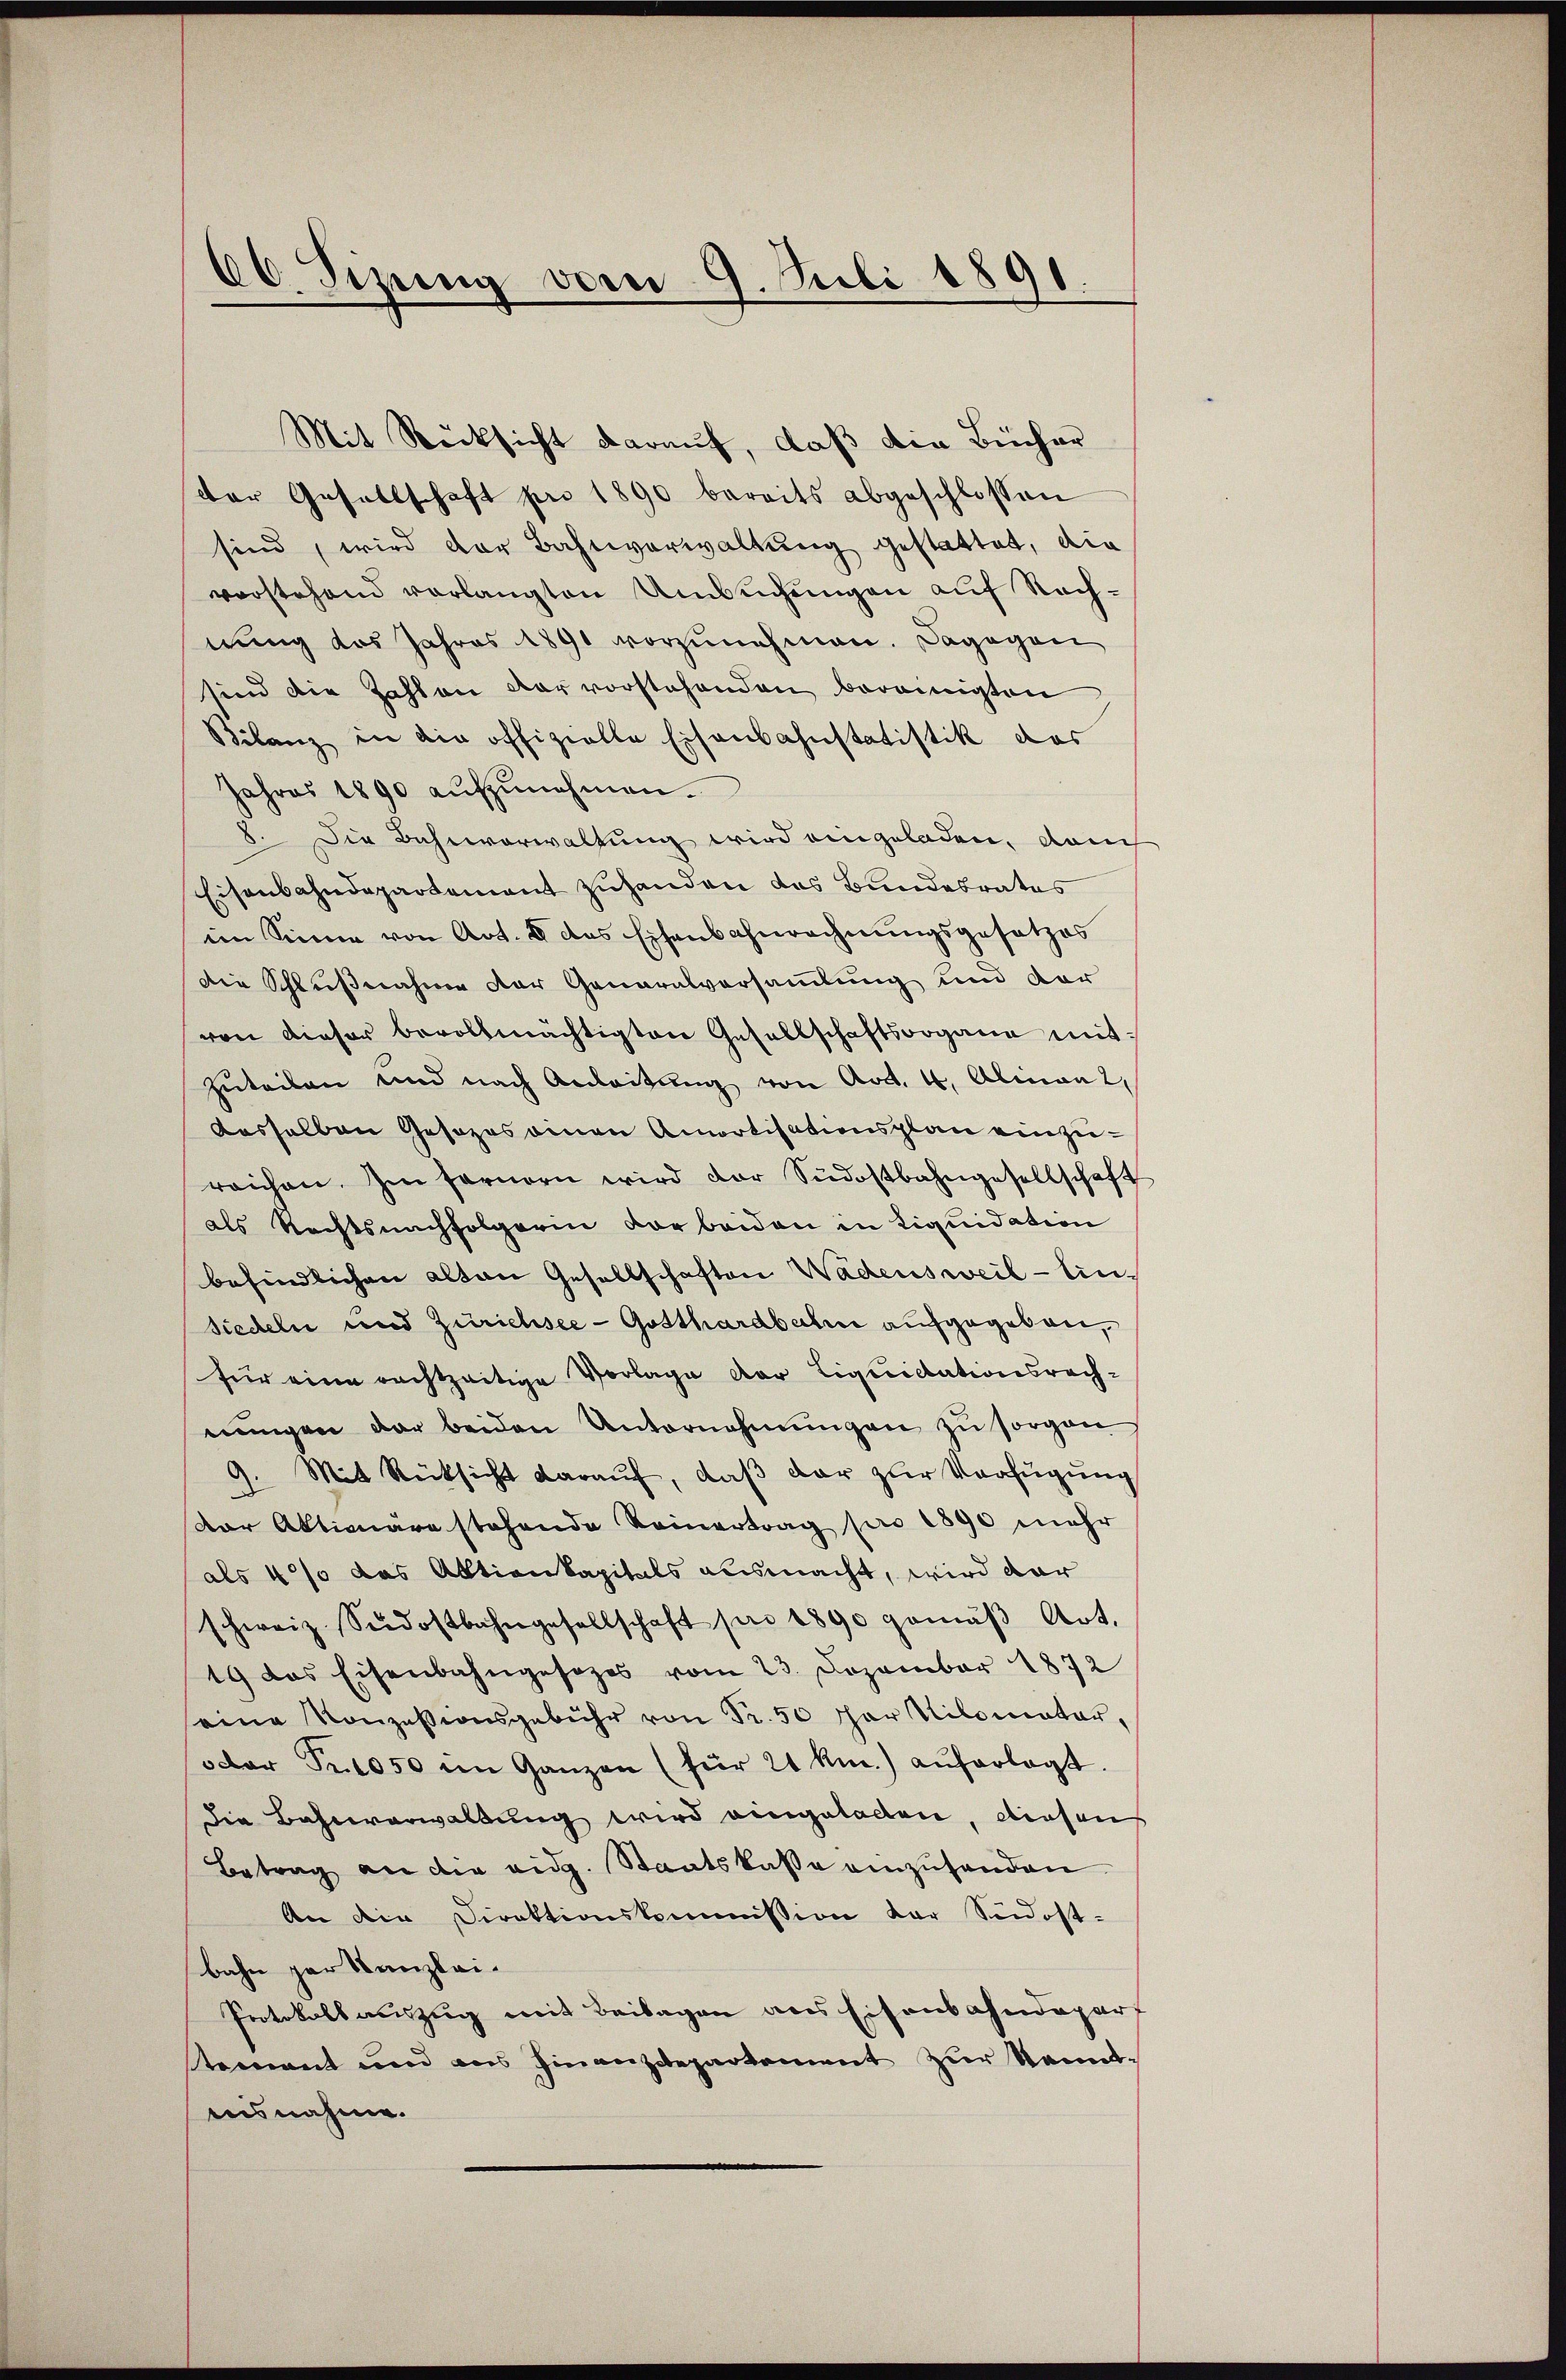
66. Sizung vom 9. Juli 1891.

Mit Rücksicht darauf, daß die Bücher
der Gesellschaft pro 1890 bereits abgeschlossen
sind, wird der Bahnverwaltung gestattet, die
vorstehend vorlangten Umsuchungen auf Rechnung des Jahres 1891 vorzunehmen. Dagegen
sind die Zahlen der vorstehenden bereinigten
Bilanz in die offizielle Eisenbahnstatistik das
Jahres 1890 aŭfzŭnehmen.
2.
Die Bahnverwaltung wird eingeladen, dann
Eisenbahndepartement zuhanden das Bundesrates
im Sinne von Art. 8 das Eisenbahnrechnungsgesetzes
Die Schlußnahme der Generalversammlung und der
von dieser bevollmächtigten Gesellschaftsorgane mit¬
Zuteilen und nach Anleitŭng von Art. 4, Alinen 2,
dasselben Gesezes einen Amortisationsplan einzureichen. Im fernern wird der Südostbahngesellschaft
als Rechtsnachfolgerin vor beiden in Liquidation
befindlichen alten Gesellschaften Wadensweil - Unsiedeln und Zürichsee - Gotthardbahn aufgegeben,
für eine rechtzeitige Vorlage der Liquidationsrechnŭngen dar beiden Unternehmungen zŭ sorgen
9. Mit Rücksicht darauf, daß dar zur Verfügung
Der Aktionäre stehende Seinertrag pro 1890 mehr
als 4% das Aktienkapitals ausmacht, wird dar
schweiz. Südostbahngesellschaft pro 1890 gemäβ Art.
19 das Eisenbahngesezes vom 23. Dezember 1872
eine Konzessionsgebühr von Fr. 50 par Nilomater,
oder Fr. 1050 im Ganzen (für 21 km.) auferlegt.
die Bahnverwaltung wird eingetallen, diesen
Betrag an die eidg. Staatskasse einzusenden
An die Direktionskommission der Südostbahn par Kanzlei-
Protokollauszug mit Beilagen aus Eisenbahndepart
tement und aus Finanzdepartement zur Kenntinsnahme.